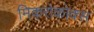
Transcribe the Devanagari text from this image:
मिकरोकोक्स